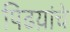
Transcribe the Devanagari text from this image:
पिढय़ांचे